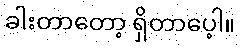
ခါးတာတော့ ရှိတာပေ့ါ။